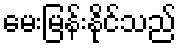
မေးမြန်းနိုင်သည်